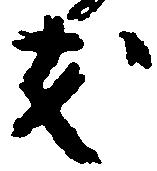
友